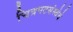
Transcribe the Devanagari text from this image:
चित्रपटसंस्थेचे